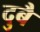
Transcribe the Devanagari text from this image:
दुबै